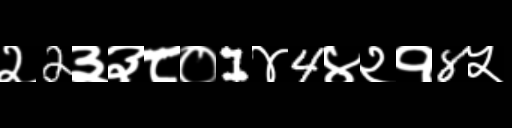
Text: २2३३८०1४4४२१8५